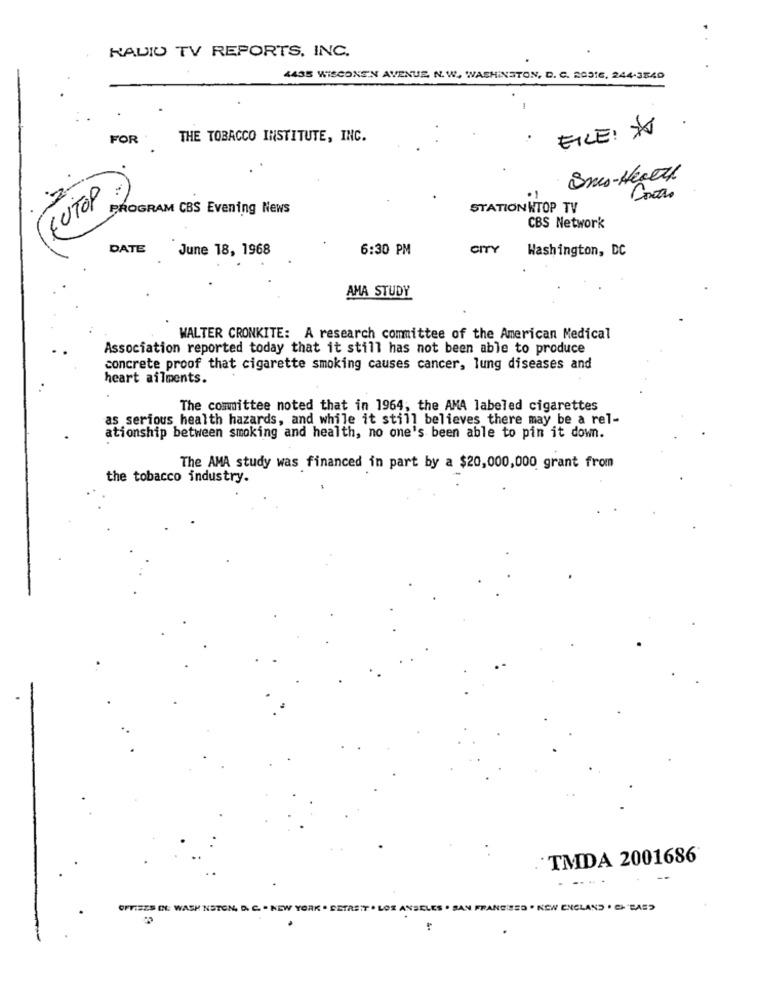
RADIO TV REPORTS, INC.
4435 WISCONEN AVENUE, N.W. WASHINGTON, D. C. 20316, 244-3840
EILE! I
FOR
THE TOBACCO INSTITUTE, INC.
Sms-Health
CUTOP .
-
PROGRAM CBS Evening News
STATION KTOP TV
CBS Network
DATE
June 18, 1968
6:30 PM
CITY
Washington, DC
AMA STUDY
WALTER CRONKITE: A research committee of the American Medical
Association reported today that it still has not been able to produce
concrete proof that cigarette smoking causes cancer, lung diseases and
heart ailments.
The committee noted that in 1964, the AMA labeled cigarettes
as serious health hazards, and while it still believes there may be a rel-
ationship between smoking and health, no one's been able to pin it down.
The AMA study was financed in part by a $20,000,000 grant from
the tobacco industry.
TMDA 2001686
OFTISES OL WASH NSTON, D. C. . NEW YORK . S
NSEL
SED . NEW ENGLAND . CH "PAS?